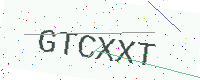
Text: GTCXXT